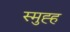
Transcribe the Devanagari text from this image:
स्मुह्ह